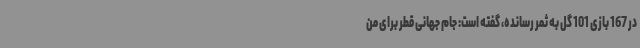
در 167 بازی 101 گل به ثمر رسانده، گفته است: جام جهانی قطر برای من